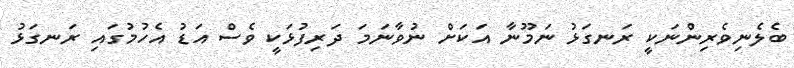
ބެލެނިވެރިންނަކީ ރަނގަޅު ނަމޫނާ އަކަށް ނުވާނަމަ ދަރިފުޅަކީ ވެސް އަޑު އެހުމުގައި ރަނގަޅު